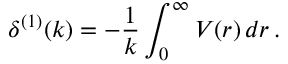
\delta ^ { ( 1 ) } ( k ) = - \frac { 1 } { k } \int _ { 0 } ^ { \infty } V ( r ) \, d r \, .